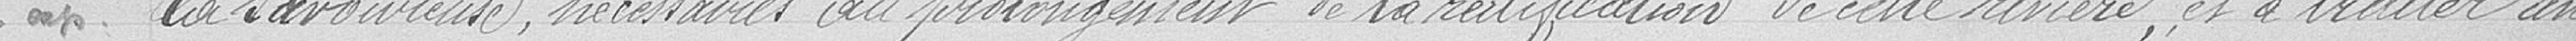
la Savoureuse, nécessaires au prolongement de la rectification de cette rivière , et à traiter avec